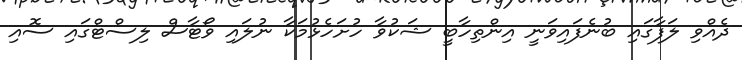
ދެއްވި ލަފާގައި ބުނެފައިވަނީ އިންތިހާބީ ޝަކުވާ ހުށަހެޅުމަކާ ނުލައި ވޯޓާސް ލިސްޓްގައި ސޮއި